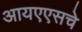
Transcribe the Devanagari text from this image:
आयएएसचे